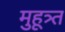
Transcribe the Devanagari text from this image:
मुहूत्र्त